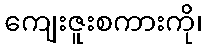
ကျေးဇူးစကားကို၊